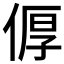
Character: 𪝐